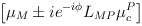
\begin{align*}\left[ \mu _{M}\pm ie^{-i\phi }L_{MP}\mu _{c}^{P}\right]\end{align*}